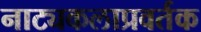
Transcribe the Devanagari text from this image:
नाट्यकलाप्रवर्तक